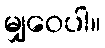
မျှဝေပါ။